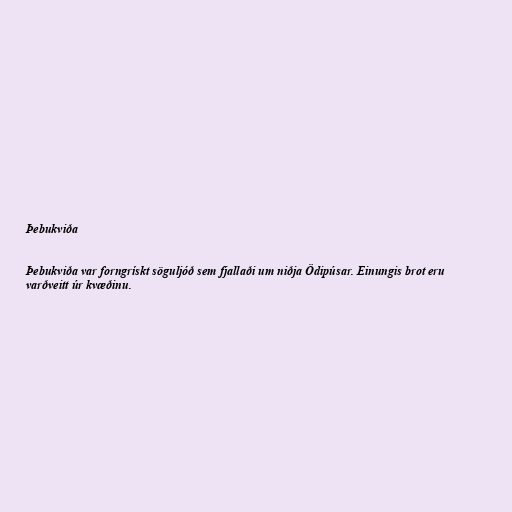
Þebukviða

Þebukviða var forngrískt söguljóð sem fjallaði um niðja Ödipúsar. Einungis brot eru
varðveitt úr kvæðinu.